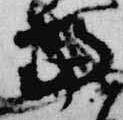
当